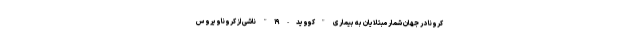
کرونا در جهان شمار مبتلایان به بیماری "کووید-۱۹" ناشی از کروناویروس